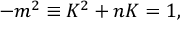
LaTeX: - m ^ { 2 } \equiv K ^ { 2 } + n K = 1 ,